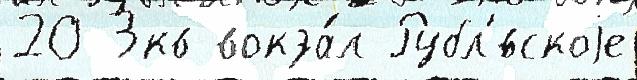
20 3кв вокза́л Рубл'́вскоjе